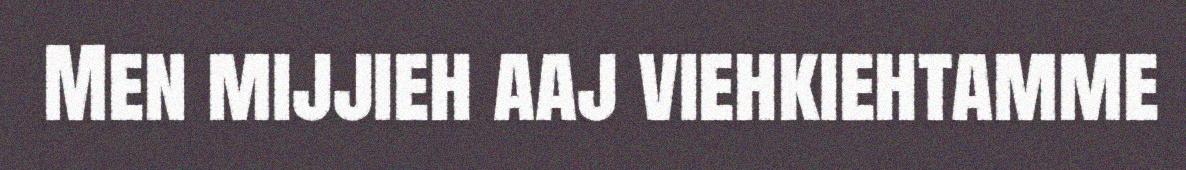
Men mijjieh aaj viehkiehtamme